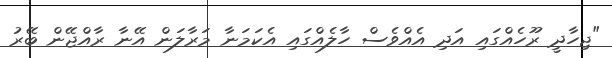
"ޖިހާދީ ރޫހެއްގައި އަދި އެއްވެސް ހާލެއްގައި އެކަމަނާ މަރާލަން އޭނާ ރާއްޖޭން ބޭރު